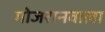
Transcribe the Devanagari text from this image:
गोजरानवाला